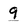
Character: 9